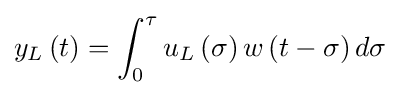
y_{L}\left(t\right)=\int _{0}^{\tau }u_{L}\left(\sigma \right)w\left(t-\sigma \right)d\sigma